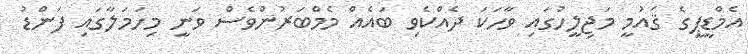
އެމްޑީޕީގެ ޤައުމީ މަޖިލީހުގައި ވާހަކަ ދެއްކެވި ބައެއް މެމްބަރުންވެސް ވަނީ މިހަމަލާގައި ފަންޑު